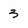
Character: 3